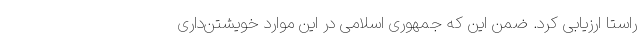
راستا ارزیابی کرد. ضمن این که جمهوری اسلامی در این موارد خویشتن‌داری